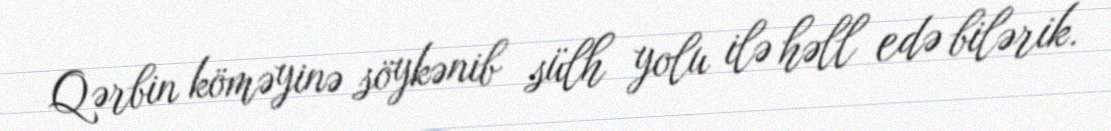
Qərbin köməyinə söykənib sülh yolu ilə həll edə bilərik.